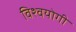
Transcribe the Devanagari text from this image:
विश्वयोगी